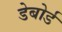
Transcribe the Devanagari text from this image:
डेबोर्ड